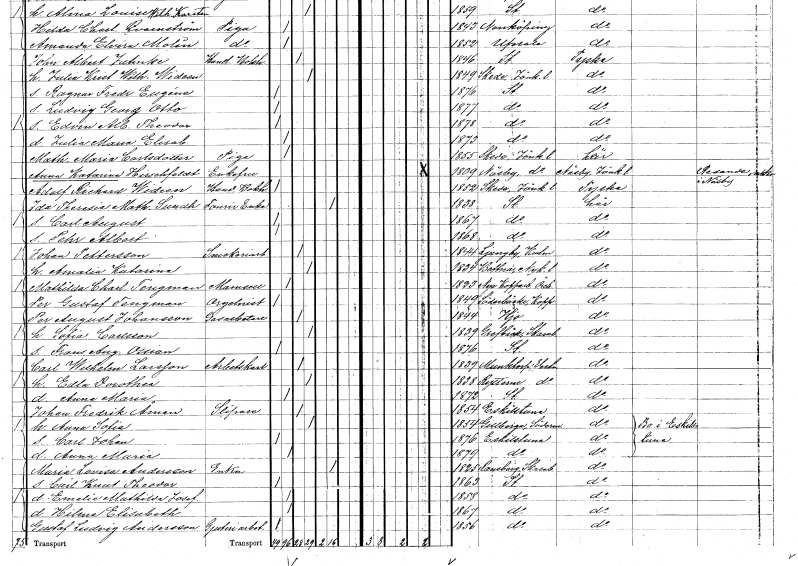
gt_parse: households: individuals: FN: Carl August
KON: M
CIV: O
FODAR: 1867
FODFORS: Stockholm
FN: Pehr Albert
KON: M
CIV: O
FODAR: 1868
FODFORS: Stockholm
FN: Johan
EN: Pettersson
YRKE: Snickeriarbetare
KON: M
CIV: G
FODAR: 1844
FODFORS: Ljungby Kalmar län
FN: Amalia Katarina
KON: K
CIV: G
FODAR: 1834
FODFORS: Bettna Södermanlands län
FN: Mathilda Charlotta
EN: Tengman
KON: K
CIV: O
FODAR: 1823
FODFORS: Nya Kopparberg Örebro län
FN: Per Gustaf
EN: Tengman
YRKE: Orgelnist
KON: M
CIV: O
FODAR: 1849
FODFORS: Söderbärke Kopparbergs län
FN: Per August
EN: Johansson
YRKE: Gasarbetare
KON: M
CIV: G
FODAR: 1844
FODFORS: Hjo Skaraborgs län
FN: Sofia
EN: Carlsson
KON: K
CIV: G
FODAR: 1839
FODFORS: Grevbäck Skaraborgs län
FN: Frans August Ossian
KON: M
CIV: O
FODAR: 1876
FODFORS: Stockholm
FN: Carl Wilhelm
EN: Larsson
YRKE: Arbetskarl
KON: M
CIV: G
FODAR: 1839
FODFORS: Munktorp Västmanlands län
FN: Edla Dorothea
KON: K
CIV: G
FODAR: 1838
FODFORS: Rytterne Västmanlands län
FN: Anna Maria
KON: K
CIV: O
FODAR: 1872
FODFORS: Stockholm
FN: Johan Fredrik
EN: Åman
YRKE: Slipare
KON: M
CIV: G
FODAR: 1854
FODFORS: Eskilstuna Södermanlands län
FN: Anna Sofia
KON: K
CIV: G
FODAR: 1854
FODFORS: Gillberga Södermanlands län
FN: Carl Johan
KON: M
CIV: O
FODAR: 1876
FODFORS: Eskilstuna Södermanlands län
FN: Anna Maria
KON: K
CIV: O
FODAR: 1879
FODFORS: Eskilstuna Södermanlands län
FN: Maria Lovisa
EN: Andersson
YRKE: Änka
KON: K
CIV: E
FODAR: 1825
FODFORS: Ransberg Skaraborgs län
FN: Carl Knut Theodor
KON: M
CIV: O
FODAR: 1863
FODFORS: Stockholm
FN: Emelie Mathilda Josefina
KON: K
CIV: O
FODAR: 1858
FODFORS: Stockholm
FN: Hilma Elisabeth
KON: K
CIV: O
FODAR: 1867
FODFORS: Stockholm
FN: Gustaf Ludvig
EN: Andersson
YRKE: Gjuteriarbetare
KON: M
CIV: O
FODAR: 1856
FODFORS: Stockholm